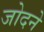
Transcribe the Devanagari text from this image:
जोदने